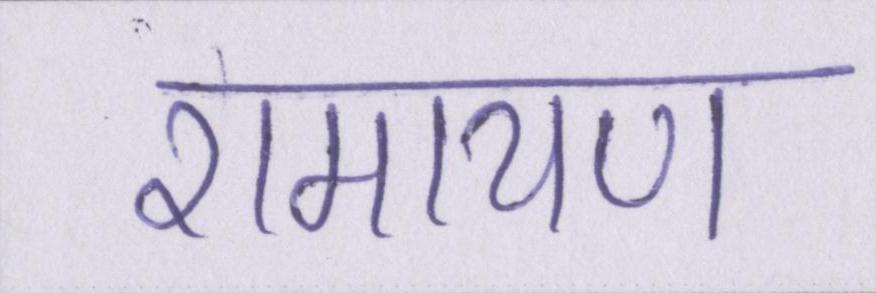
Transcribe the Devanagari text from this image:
रामायण